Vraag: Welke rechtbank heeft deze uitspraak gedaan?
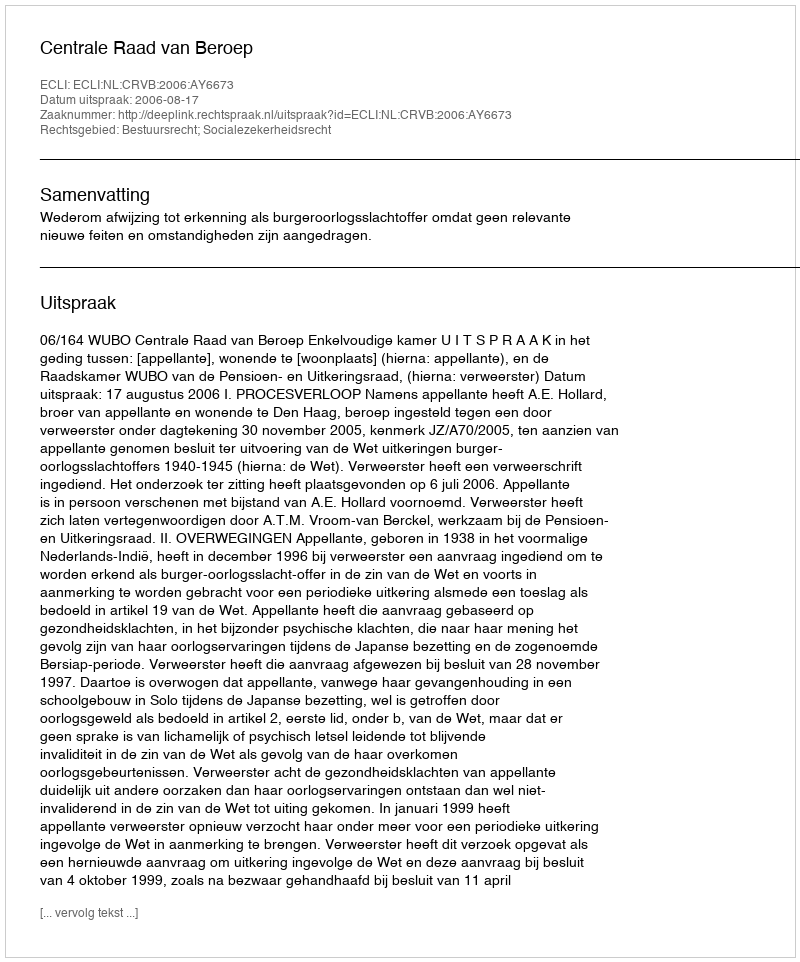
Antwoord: Centrale Raad van Beroep